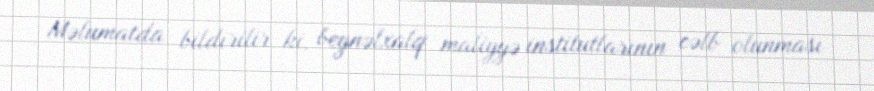
Məlumatda bildirilir ki, beynəlxalq maliyyə institutlarının cəlb olunması